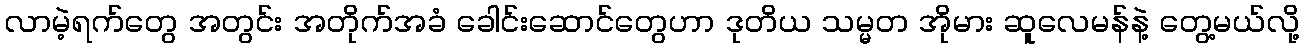
လာမဲ့ရက်တွေ အတွင်း အတိုက်အခံ ခေါင်းဆောင်တွေဟာ ဒုတိယ သမ္မတ အိုမား ဆူလေမန်နဲ့ တွေ့မယ်လို့